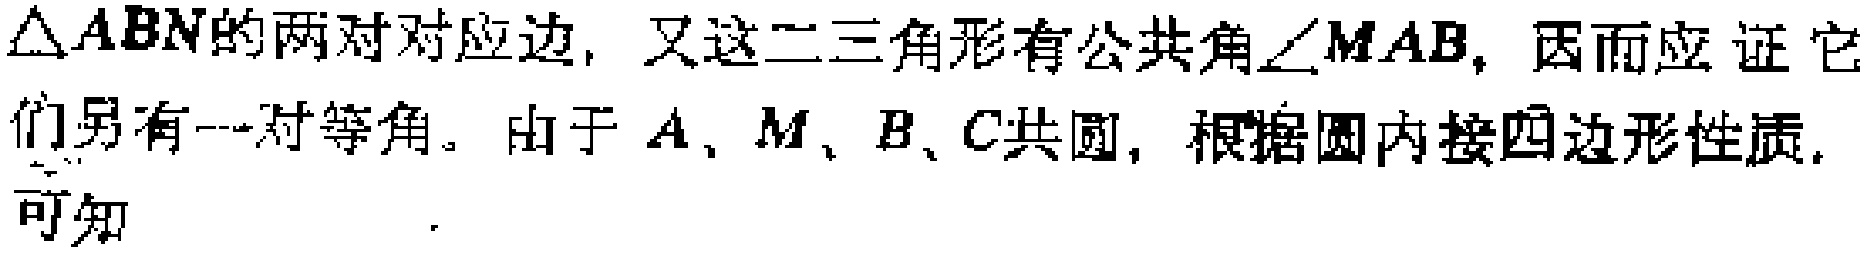
$\triangle ABN的两对对应边, 又这二三角形有公共角\angle MAB, 因而应证它$
$们另有一对等角。由于A、M、B、C共圆, 根据圆内接四边形性质,$
$可知$  。